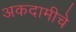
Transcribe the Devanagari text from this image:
अकदामीचे